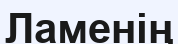
Ламенің